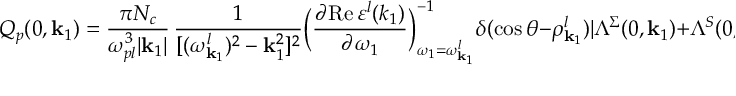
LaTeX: Q _ { p } ( 0 , { \bf k } _ { 1 } ) = \frac { \pi N _ { c } } { \omega _ { p l } ^ { 3 } \vert { \bf k } _ { 1 } \vert } \, \frac { 1 } { [ ( \omega _ { { \bf k } _ { 1 } } ^ { l } ) ^ { 2 } - { \bf k } _ { 1 } ^ { 2 } ] ^ { 2 } } \Big ( \frac { \partial \mathrm { R e } \, \varepsilon ^ { l } ( k _ { 1 } ) } { \partial \omega _ { 1 } } \Big ) _ { \omega _ { 1 } = \omega _ { { \bf k } _ { 1 } } ^ { l } } ^ { - 1 } \delta ( \cos \theta - \rho _ { { \bf k } _ { 1 } } ^ { l } ) \vert \Lambda ^ { \Sigma } ( 0 , { \bf k } _ { 1 } ) + \Lambda ^ { S } ( 0 , { \bf k } _ { 1 } ) \vert ^ { 2 } ,